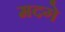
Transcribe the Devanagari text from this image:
मदगे